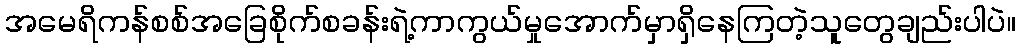
အမေရိကန်စစ်အခြေစိုက်စခန်းရဲ့ကာကွယ်မှုအောက်မှာရှိနေကြတဲ့သူတွေချည်းပါပဲ။